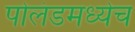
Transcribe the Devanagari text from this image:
पोलंडमध्येच